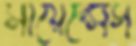
সায়েন্সেস